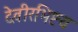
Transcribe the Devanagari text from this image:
देवीरभिष्टय